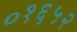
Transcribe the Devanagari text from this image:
०१६५२